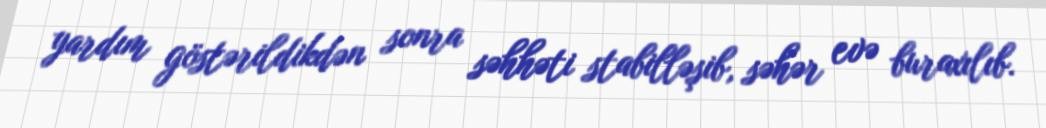
yardım göstərildikdən sonra səhhəti stabilləşib, səhər evə buraxılıb.